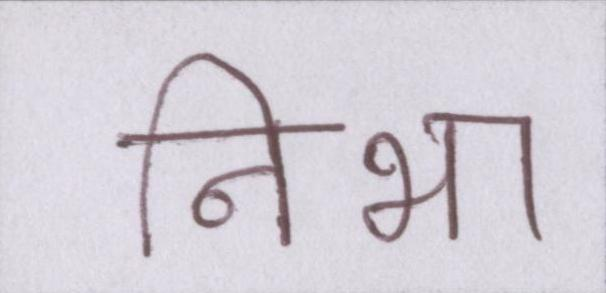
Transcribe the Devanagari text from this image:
निभा